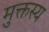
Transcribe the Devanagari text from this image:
मुक्तस्य